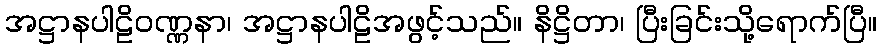
အဋ္ဌာနပါဠိဝဏ္ဏနာ၊ အဋ္ဌာနပါဠိအဖွင့်သည်။ နိဋ္ဌိတာ၊ ပြီးခြင်းသို့ရောက်ပြီ။